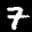
Label: 7